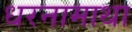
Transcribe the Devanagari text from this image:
धरनामाथा